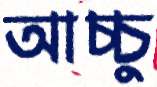
আচ্চু